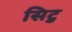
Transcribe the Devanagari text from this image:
सिटु